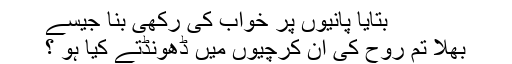
بتایا پانیوں پر خواب کی رکھی بنا جیسے
بھلا تُم رُوح کی اِن کِرچیوں میں ڈھونڈتے کیا ہو ؟